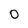
Character: 0